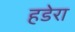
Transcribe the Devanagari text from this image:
हडेरा